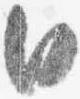
日